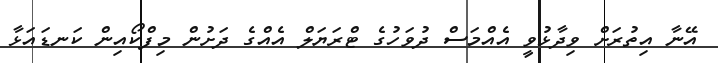
އޭނާ އިތުރަށް ވިދާޅުވީ އެއްމަސް ދުވަހުގެ ޓްރަޔަލް އެއްގެ ދަށުން މިފްކޯއިން ކަނޑައަޅާ